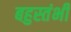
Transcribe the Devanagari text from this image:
बहुस्तंभी